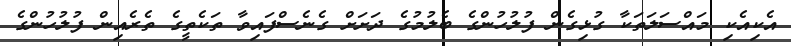
އެކިއެކި މައްސަލަތަކާ ގުޅިގެން ފުލުހުންގެ ބެލުމުގެ ދަށަށް ގެނެސްފައިވާ ތަކެތީގެ ތެރެއިން ފުލުހުންގެ